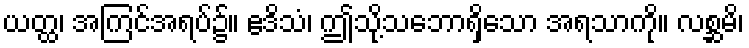
ယတ္ထ၊ အကြင်အရပ်၌။ ဧဒိသံ၊ ဤသို့သဘောရှိသော အရသာကို။ လစ္ဆမိ၊